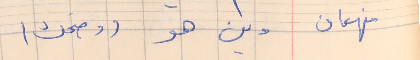
فهمان     وين هو (وضحك)